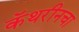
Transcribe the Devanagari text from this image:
कॅथरीनचा